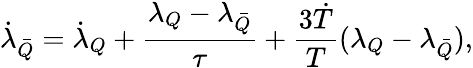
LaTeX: {\dot{\lambda}}_{\bar{Q}}={\dot{\lambda}_{Q}}+\frac{\lambda_{Q}-\lambda_{\bar{Q}}}{\tau}+\frac{3{\dot{T}}}{T}(\lambda_{Q}-\lambda_{\bar{Q}}),